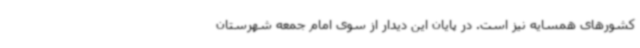
کشورهای همسایه نیز است. در پایان این دیدار از سوی امام جمعه شهرستان